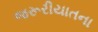
જરૂરીયાતના